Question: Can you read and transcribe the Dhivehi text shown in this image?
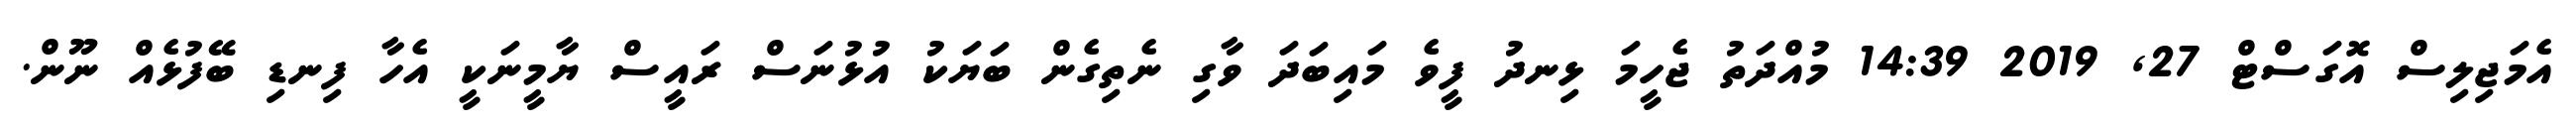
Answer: އެމަޖިލިސް އޮގަސްޓް 27, 2019 14:39 މުއްދަތު ޖެހީމަ ޅިނދު ފީވެ މައިބަދަ ވާގި ނެތިގެން ބަޔަކު އުޅުނަސް ރައީސް ޔާމީނަކީ އެހާ ފިނޑި ބޭފުޅެއް ނޫން.